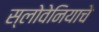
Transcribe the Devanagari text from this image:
स्लोवेनियाचे